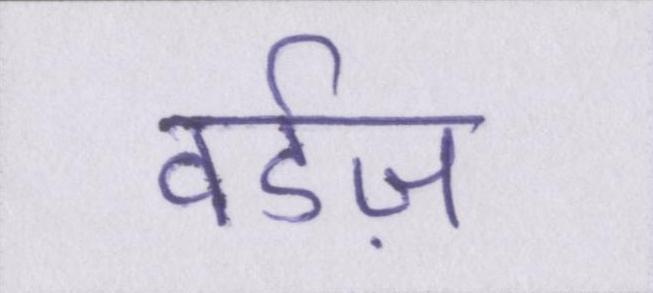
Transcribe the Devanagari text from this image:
वर्डज़